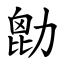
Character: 㔡